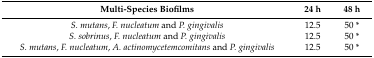
<table><thead><tr><td><b>Multi-Species Biofilms</b></td><td><b>24 h</b></td><td><b>48 h</b></td></tr></thead><tbody><tr><td><i>S. mutans</i>, <i>F. nucleatum</i> and <i>P. gingivalis</i></td><td>12.5</td><td>50 *</td></tr><tr><td><i>S. sobrinus</i>, <i>F. nucleatum</i> and <i>P. gingivalis</i></td><td>12.5</td><td>50 *</td></tr><tr><td><i>S. mutans</i>, <i>F. nucleatum</i>, <i>A. actinomycetemcomitans</i> and <i>P. gingivalis</i></td><td>12.5</td><td>50 *</td></tr></tbody></table>